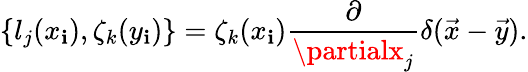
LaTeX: \{ l_{j}(x_{\mathbf{i}}),\zeta_{k}(y_{\mathbf{i}})\} =\zeta_{k}(x_{\mathbf{i}})\frac{{\partial}}{{\partialx_{j}}}\delta(\vec{{x}}-\vec{{y}}).